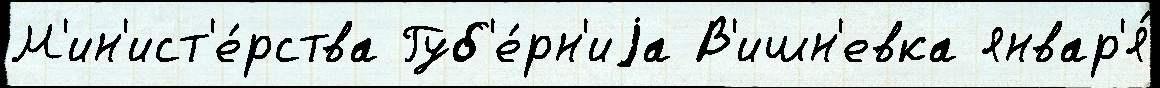
М'ин'ист'е́рства Губ'е́рн'иjа В'ишн'евка январ'я́